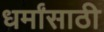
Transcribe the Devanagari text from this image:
धर्मांसाठी